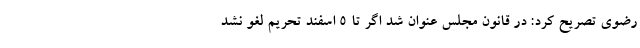
رضوی تصریح کرد: در قانون مجلس عنوان شد اگر تا ۵ اسفند تحریم لغو نشد